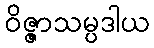
ဝိဇ္ဇာသမ္ပဒါယ